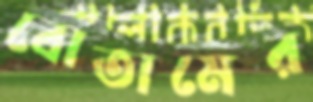
বোতামের